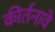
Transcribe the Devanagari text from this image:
कीर्तनावे